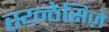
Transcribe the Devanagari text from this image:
स्य्न्ठेसिज़े